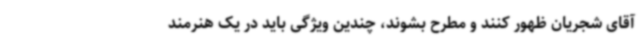
آقای شجریان ظهور کنند و مطرح بشوند، چندین ویژگی باید در یک هنرمند